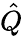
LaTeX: \hat{Q}